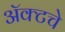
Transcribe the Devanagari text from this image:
ॲक्टचे